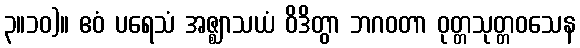
၃။၁၀)။ ဧဝံ ပရေသံ အဇ္ဈာသယံ ဝိဒိတွာ ဘဂဝတာ ဝုတ္တသုတ္တဝသေန